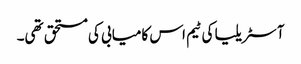
آسٹریلیا کی ٹیم اس کامیابی کی مستحق تھی۔